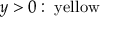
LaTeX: y > 0 : \; { \mathrm { y e l l o w } }